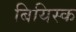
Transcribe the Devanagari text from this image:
बियिस्क